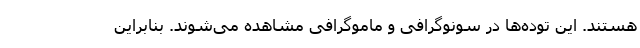
هستند. این توده‌ها در سونوگرافی و ماموگرافی مشاهده می‌شوند. بنابراین